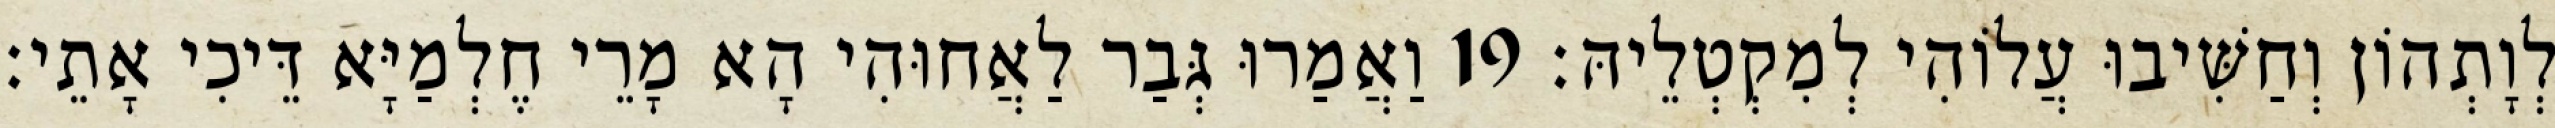
לְוָתְהוֹן וְחַשִּׁיבוּ עֲלוֹהִי לְמִקְטְלֵיהּ׃ 19 וַאֲמַרוּ גְּבַר לַאֲחוּהִי הָא מָרֵי חֶלְמַיָּא דֵּיכִי אָתֵי׃